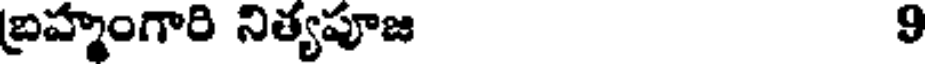
బ్రహ్మంగారి నిత్యపూజ 9